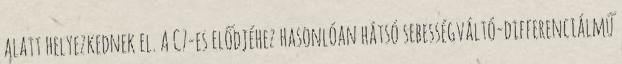
alatt helyezkednek el. A C7-es elődjéhez hasonlóan hátsó sebességváltó-differenciálmű